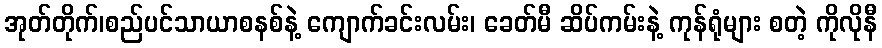
အုတ်တိုက်၊စည်ပင်သာယာစနစ်နဲ့ ကျောက်ခင်းလမ်း၊ ခေတ်မီ ဆိပ်ကမ်းနဲ့ ကုန်ရုံများ စတဲ့ ကိုလိုနီ